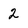
Character: 2